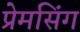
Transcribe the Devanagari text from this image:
प्रेमसिंग